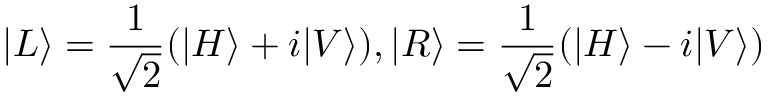
| L \rangle = \frac { 1 } { \sqrt { 2 } } ( | H \rangle + i | V \rangle ) , | R \rangle = \frac { 1 } { \sqrt { 2 } } ( | H \rangle - i | V \rangle )